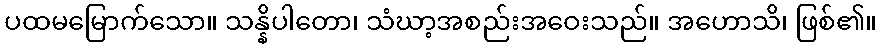
ပထမမြောက်သော။ သန္နိပါတော၊ သံဃာ့အစည်းအဝေးသည်။ အဟောသိ၊ ဖြစ်၏။